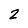
Character: 2